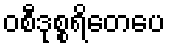
ဝစီဒုစ္စရိတေပေ